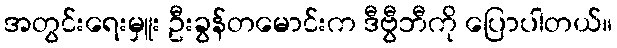
အတွင်းရေးမှူး ဦးခွန်တမောင်းက ဒီဗွီဘီကို ပြောပါတယ်။